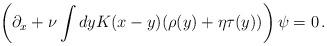
LaTeX: \begin{align*}\left(\partial_x + \nu\int dy K(x-y) (\rho(y)+ \eta \tau(y))\right)\psi = 0\,.\end{align*}